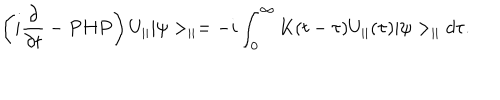
LaTeX: \left( i \frac { \partial } { \partial t } - P H P \right) U _ { | | } | \psi > _ { | | } = - i \int _ { 0 } ^ { \infty } K ( t - \tau ) U _ { | | } ( \tau ) | \psi > _ { | | } d \tau .